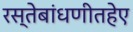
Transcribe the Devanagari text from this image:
रस्तेबांधणीतहेए